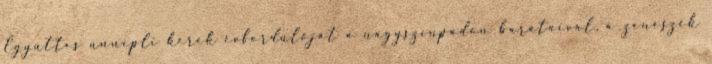
Együttes ünnepli kerek évfordulóját a nagyszínpadon barátaival, a zenészek